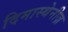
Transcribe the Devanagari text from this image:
दिमास्थेनीज़